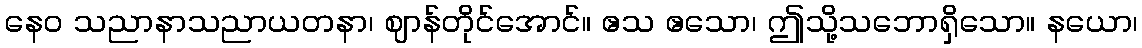
နေဝ သညာနာသညာယတနာ၊ ဈာန်တိုင်အောင်။ ဧသ ဧသော၊ ဤသို့သဘောရှိသော။ နယော၊